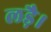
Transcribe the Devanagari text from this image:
लड़ै।